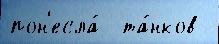
пон'есла́  та́нков